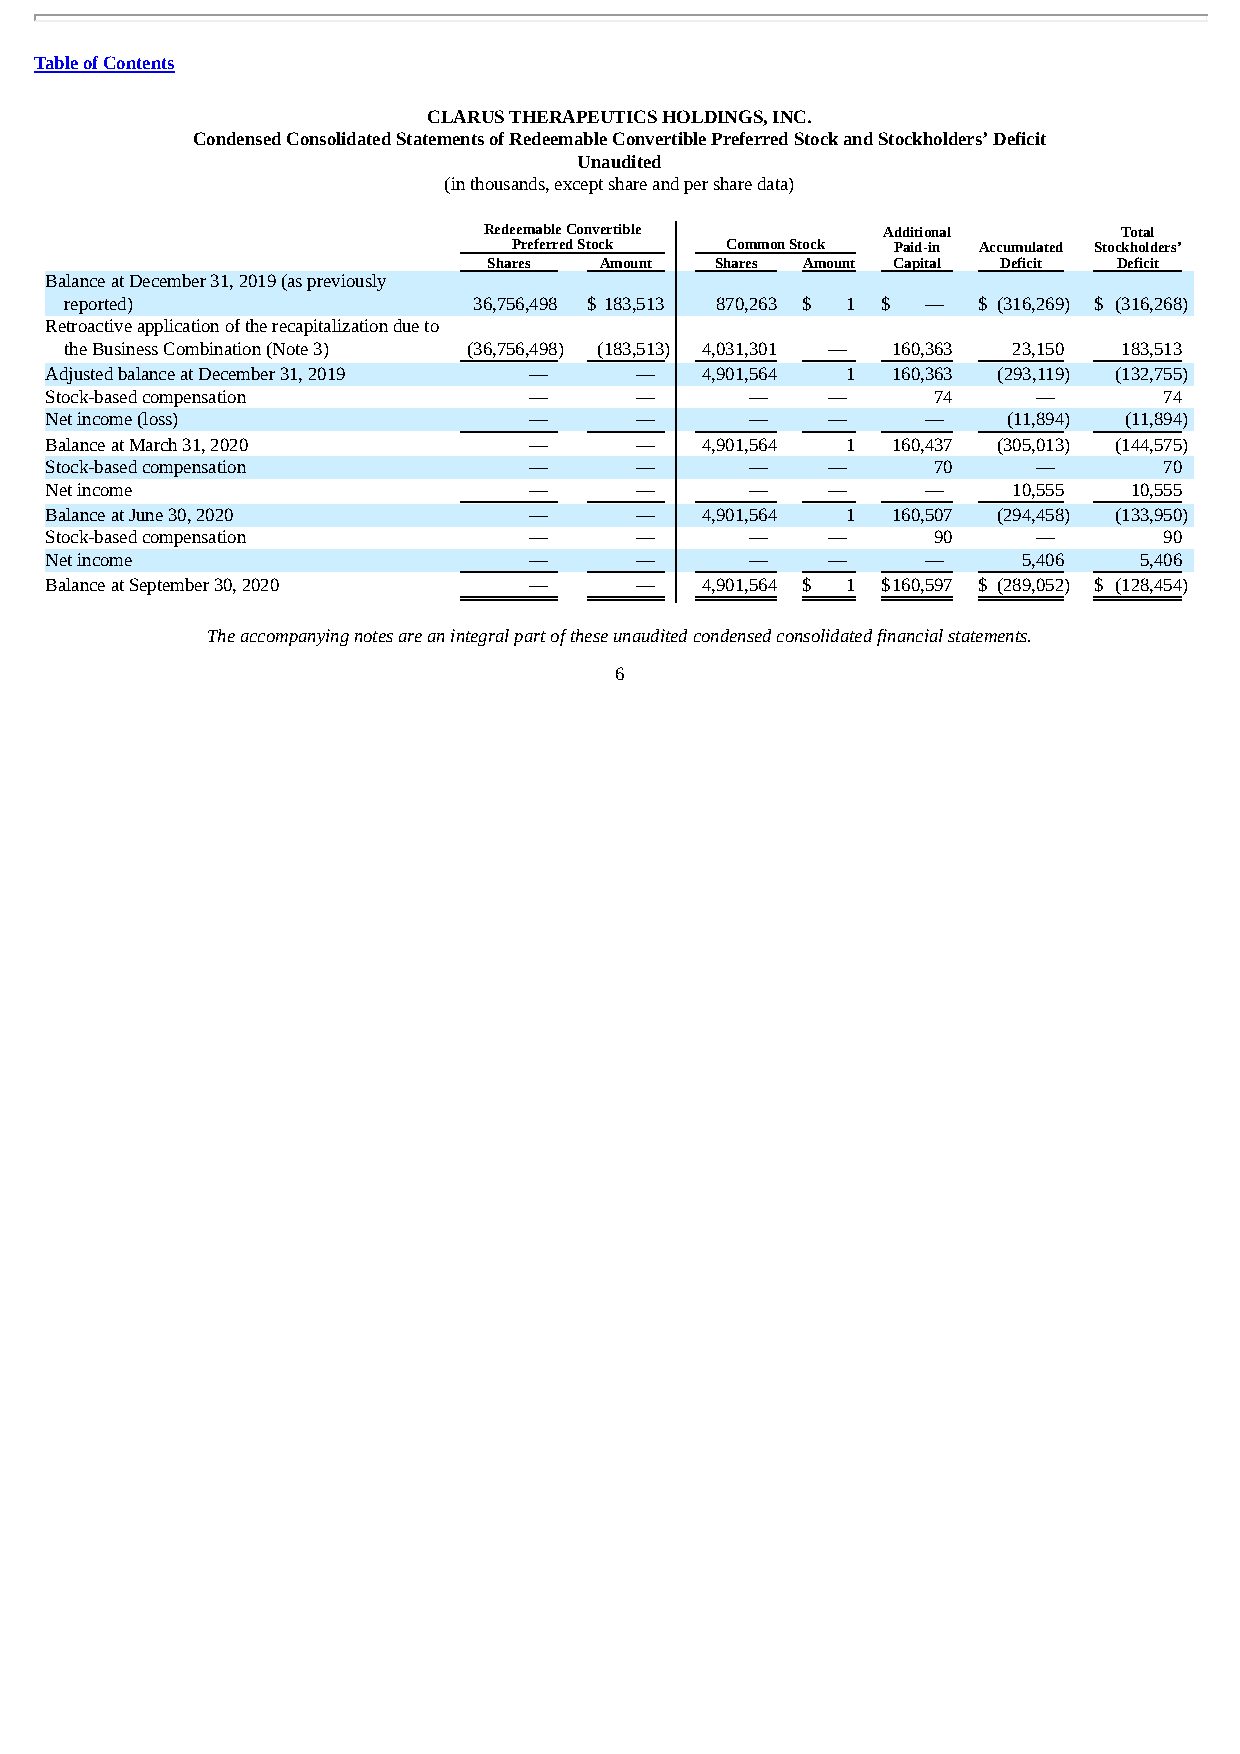
Table of Contents
 CLARUS THERAPEUTICS HOLDINGS, INC.
 Condensed Consolidated Statements of Redeemable Convertible Preferred Stock and Stockholders’ Deficit
 Unaudited
 (in thousands, except share and per share data)
 Redeemable Convertible    Additional      Total
 Preferred Stock Common Stock Paid-in Accumulated Stockholders’
 Shares  Amount Shares Amount Capital Deficit Deficit
 Balance at December 31, 2019 (as previously
 reported)                  36,756,498 $ 183,513 870,263 $ 1 $ — $ (316,269) $ (316,268)
 Retroactive application of the recapitalization due to
 the Business Combination (Note 3) (36,756,498) (183,513) 4,031,301 — 160,363 23,150 183,513
 Adjusted balance at December 31, 2019 — —  4,901,564 1  160,363 (293,119 ) (132,755 )
 Stock-based compensation        —      —       —    —      74     —       74
 Net income (loss)               —      —       —    —     —     (11,894) (11,894)
 Balance at March 31, 2020       —      —   4,901,564 1  160,437 (305,013 ) (144,575 )
 Stock-based compensation        —      —       —    —      70     —       70
 Net income                      —      —       —    —     —     10,555  10,555
 Balance at June 30, 2020        —      —   4,901,564 1  160,507 (294,458 ) (133,950 )
 Stock-based compensation        —      —       —    —      90     —       90
 Net income                      —      —       —    —     —      5,406  5,406
 Balance at September 30, 2020   —      —   4,901,564 $ 1 $ 160,597 $ (289,052 ) $ (128,454 )
 The accompanying notes are an integral part of these unaudited condensed consolidated financial statements.
 6